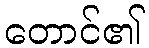
တောင်၏